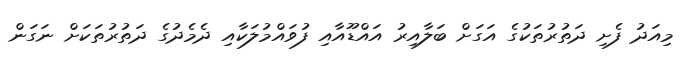
މިއަދު ފެށި ދަތުރުތަކުގެ އަގަށް ބަލާއިރު އައްޑޫއާއި ފުވައްމުލަކާއި ދެމެދުގެ ދަތުރުތަކަށް ނަގަން